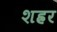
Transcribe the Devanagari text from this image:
शह्रर